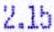
2.15